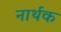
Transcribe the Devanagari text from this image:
नार्थक